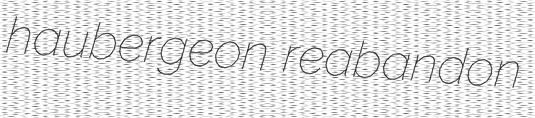
haubergeon reabandon